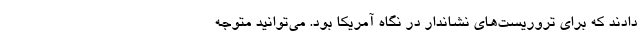
دادند که برای تروریست‌های نشاندار در نگاه آمریکا بود. می‌توانید متوجه